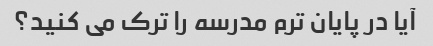
آیا در پایان ترم مدرسه را ترک می کنید؟